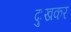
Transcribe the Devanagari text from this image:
दुःखकर